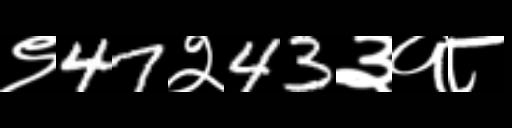
Text: ९47२43३१८